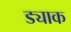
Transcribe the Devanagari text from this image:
ड्याक